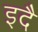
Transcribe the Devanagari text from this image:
इदै